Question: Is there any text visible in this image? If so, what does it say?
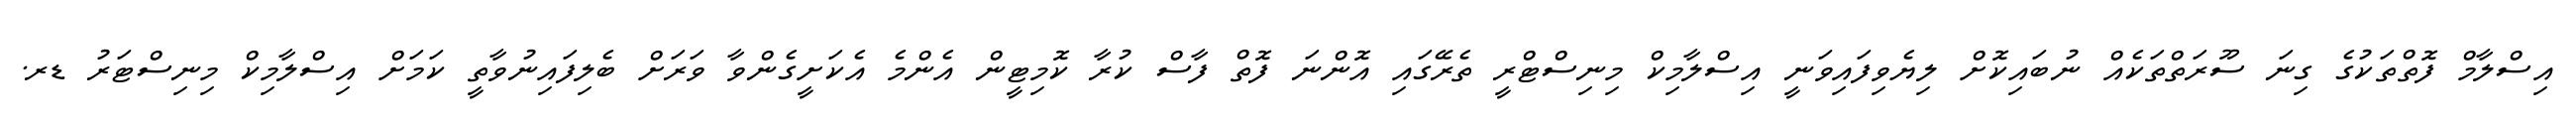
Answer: އިސްލާމް ފޮތްތަކުގެ ގިނަ ސޫރަތްތަކެއް ނުބައިކޮށް ލިޔެވިފައިވަނީ އިސްލާމިކް މިނިސްޓްރީ ތެރޭގައި އޮންނަ ފޮތް ފާސް ކުރާ ކޮމިޓީން އެންމެ އެކަށީގެންވާ ވަރަށް ބެލިފައިނުވާތީ ކަމަށް އިސްލާމިކް މިނިސްޓަރު ޑރ.